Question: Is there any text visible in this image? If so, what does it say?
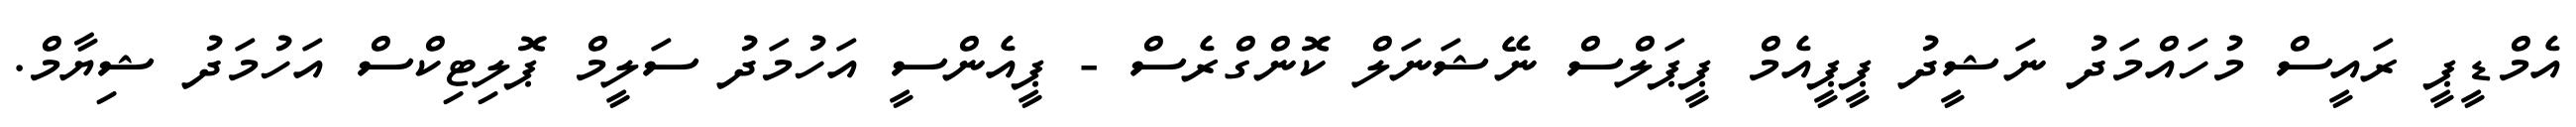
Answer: އެމްޑީޕީ ރައީސް މުހައްމަދު ނަޝީދު ޕީޕީއެމް ޕީޕަލްސް ނޭޝަނަލް ކޮންގްރެސް - ޕީއެންސީ އަހުމަދު ސަލީމް ޕޮލިޓިކްސް އަހުމަދު ޝިޔާމް.